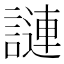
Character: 謰